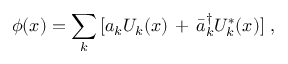
\phi ( x ) = \sum _ { k } \, [ a _ { k } U _ { k } ( x ) \, + \, \bar { a } _ { k } ^ { \dagger } U _ { k } ^ { * } ( x ) ] \; ,